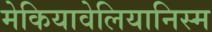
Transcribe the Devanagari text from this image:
मेकियावेलियानिस्म